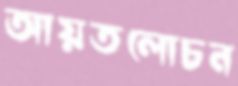
আয়তলোচন